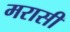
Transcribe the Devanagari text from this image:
मरासी